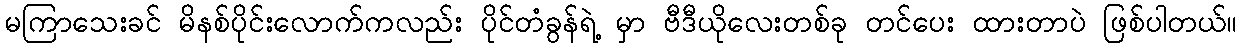
မကြာသေးခင် မိနစ်ပိုင်းလောက်ကလည်း ပိုင်တံခွန်ရဲ့ မှာ ဗီဒီယိုလေးတစ်ခု တင်ပေး ထားတာပဲ ဖြစ်ပါတယ်။